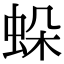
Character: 𧊶